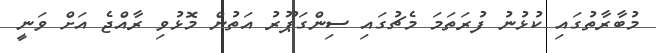
މުބާރާތުގައި ކުޅުނު ފުރަތަމަ މެޗުގައި ސިންގަޕޫރު އަތުން މޮޅުވި ރާއްޖެ އަށް ވަނީ